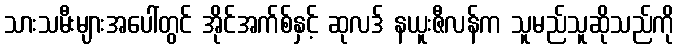
သားသမီးများအပေါ်တွင် အိုင်အက်စ်နှင့် ဆုလဒ် နယူးဇီလန်က သူမည်သူဆိုသည်ကို